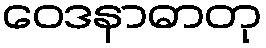
ဝေဒနာဓာတု